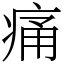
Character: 痛